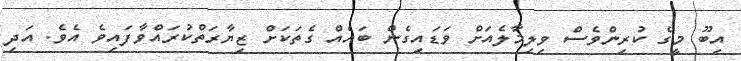
އިބޫ މީގެ ކުރިންވެސް ވިލިމާލެއަށް ވަޑައިގެން ބައެއް ގެތަކަށް ޒިޔާރަތްކުރައްވާފައިވެ އެވެ. އަދި